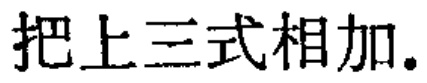
把上三式相加。